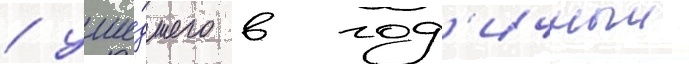
/ уше́дшего в год'ичныи